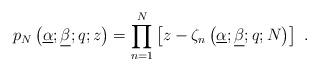
LaTeX: \begin{align*}p_{N}\left( \underline{\alpha };\underline{\beta };q;z\right)=\prod\limits_{n=1}^{N}\left[ z-\zeta _{n}\left( \underline{\alpha };\underline{\beta };q;N\right) \right] ~. \end{align*}